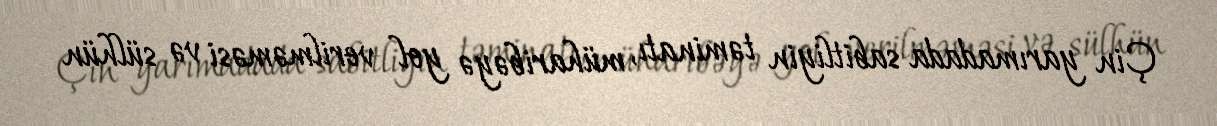
Çin yarımadada sabitliyin təminatı, müharibəyə yol verilməməsi və sülhün